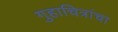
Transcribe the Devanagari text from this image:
गुहाचित्रांचा